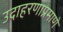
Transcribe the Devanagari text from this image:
उदाहरणाप्रमाणे